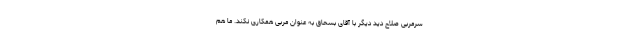
سرمربی صلاح دید دیگر با آقای بسحاق به عنوان مربی همکاری نکند. ما هم